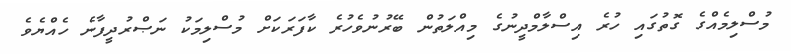
މުސްލިމެއްގެ ގޮތުގައި ހުރެ އިސްލާމްދީނުގެ މިއްލަތުން ބޭރުނުވެހުރެ ކާފަރަކަށް މުސްލިމަކު ނަޞްރުދީފާނެ ހެއްޔެވެ